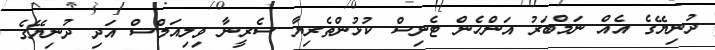
ދުނިޔޭގެ އެއް ނަމްބަރު އަންހެން ޓެނިސް ކުޅުންތެރިޔާ ސެރީނާ ވިލިއަމްސް އަދި ދުނިޔޭގެ